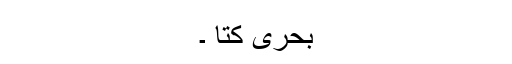
بحری کتا ۔